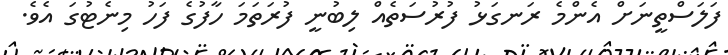
ފަލަސްތީނަށް އެންމެ ރަނގަޅު ފުރުސަތެއް ލިބުނީ ފުރަތަމަ ހާފުގެ ފަހު މިނެޓުގަ އެވެ.